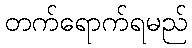
တက်ရောက်ရမည်